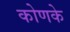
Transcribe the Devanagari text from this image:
कोणके